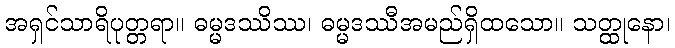
အရှင်သာရိပုတ္တရာ။ ဓမ္မဒဿိဿ၊ ဓမ္မဒဿီအမည်ရှိထသော။ သတ္ထုနော၊